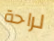
لراحة